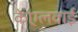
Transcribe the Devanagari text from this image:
केएलवाई